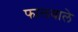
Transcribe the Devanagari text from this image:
फालवाले